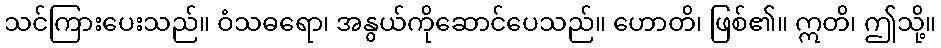
သင်ကြားပေးသည်။ ဝံသဓရော၊ အနွယ်ကိုဆောင်ပေသည်။ ဟောတိ၊ ဖြစ်၏။ ဣတိ၊ ဤသို့။